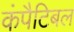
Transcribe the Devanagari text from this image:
कंपैटिबल